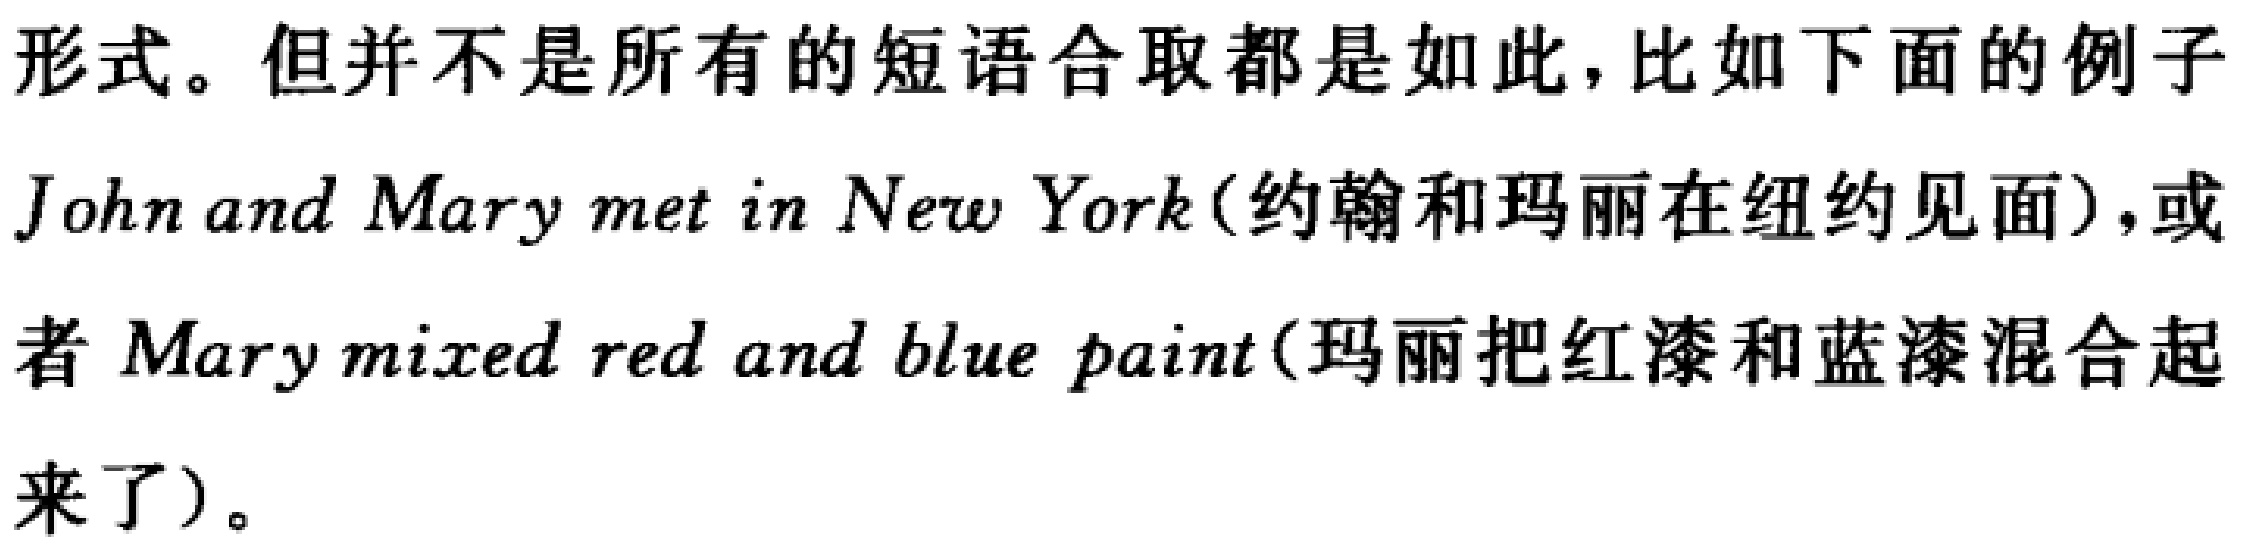
形式。但并不是所有的短语合取都是如此，比如下面的例子
John and Mary met in New York(约翰和玛丽在纽约见面)，或
者 Mary mixed red and blue paint(玛丽把红漆和蓝漆混合起
来了)。